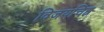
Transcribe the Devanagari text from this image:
विजयचिह्न